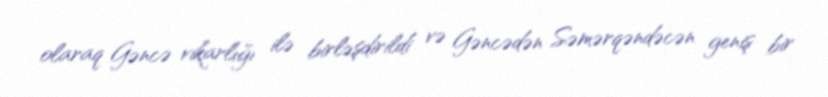
olaraq Gəncə vikarlığı ilə birləşdirildi və Gəncədən Səmərqəndəcən geniş bir